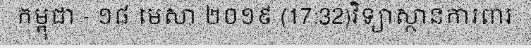
កម្ពុជា - ១៨ មេសា ២០១៩ (17:32)វិទ្យាស្ថានការពារ